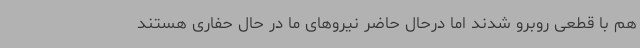
هم با قطعی روبرو شدند اما درحال حاضر نیروهای ما در حال حفاری هستند